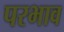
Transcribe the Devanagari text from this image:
परभाव